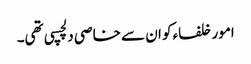
امور خلفاء کو ان سے خاصی دلچسپی تھی۔